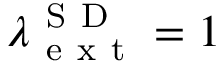
\lambda _ { \mathrm { ~ e ~ x ~ t ~ } } ^ { \mathrm { ~ S ~ D ~ } } = 1